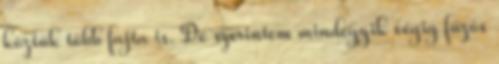
köztük több fajta is. De szerintem mindegyik végig fűzős